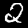
Digit: 2